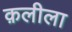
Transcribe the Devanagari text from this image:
क़लीला